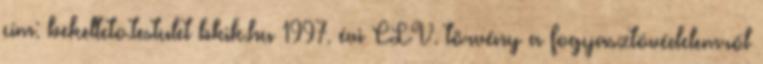
cím: bekelteto.testulet bkik.hu 1997. évi CLV. törvény a fogyasztóvédelemről